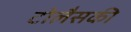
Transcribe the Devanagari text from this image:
टोलैसकी